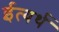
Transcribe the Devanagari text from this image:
ईत्यर्थ